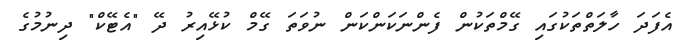
އެފަދަ ހާލަތްތަކުގައި ގޭމްތަކުން ފެންނަކަންކަން ނުވަތަ ގޭމް ކުޅޭއިރު ދޭ "އެޓޭކް" ދިނުމުގެ